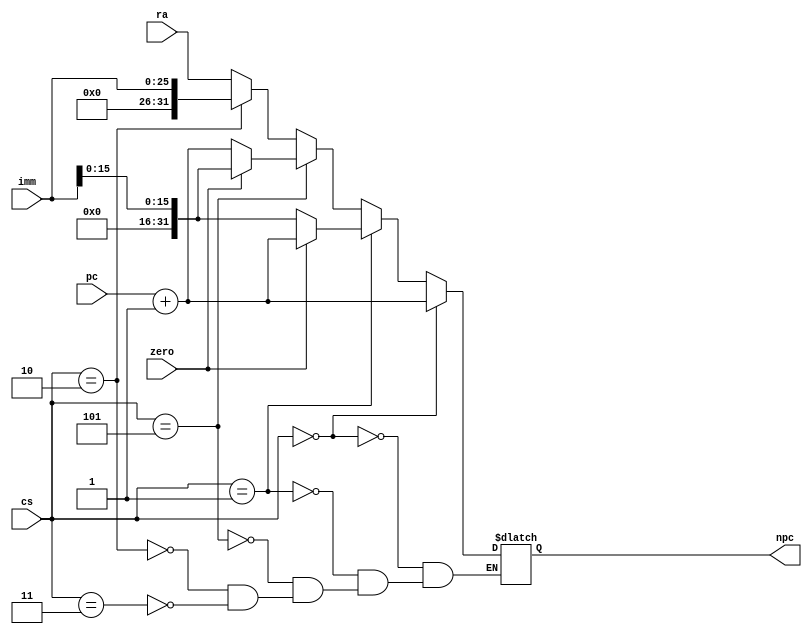
module NPC(
            input [31:0] pc,
            input [25:0] imm,
            input [31:0] ra,
            input [2:0] cs,
            input zero,
            output reg [31:0] npc
            );
  wire [31:0] imm26,imm16;
  assign imm26={6'b0,imm[25:0]};
  assign imm16={16'b0,imm[15:0]};
  always @(*)
         begin
         	if(cs==3'b000)
         	   npc<=pc+1;
         	else if(cs==3'b001)
         	     begin
         	     	if(!zero)
         	     	 npc<=imm16;
         	     	else
         	     	 npc<=pc+1;
         	     end
         	else if(cs==3'b101)
         	     begin
         	     	if(zero)
         	     	 npc<=imm16;
         	     	else
         	     	 npc<=pc+1;
         	     end
         	else if(cs==3'b010)
         	     begin
         	     	npc<=imm26;
         	     end
         else if(cs==3'b011)
               begin
                npc<=	ra;
               end
         end
            
endmodule